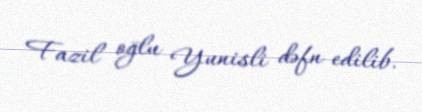
Fazil oğlu Yunisli dəfn edilib.